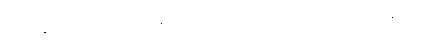
ဒါဟာ နိုင်ငံ၊တရားစီရင်မှု နယ်နိမိတ်တွေအပေါ် မူတည်ပြီးတော့မှ အင်တာနက်ကို